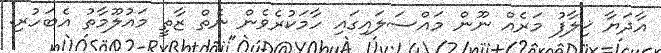
އާދަޔާ ޚިލާފު މަރެއް ނޫން މައްސަލައިގައި ހާމަކުރެވެން ނެތް ޒާތީ މައުލޫމާތު އެބަހުރި: